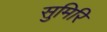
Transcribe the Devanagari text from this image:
सुमिरि